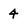
Character: 4